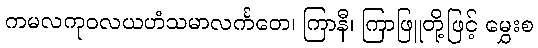
ကမလကုဝလယဟံသမာလင်္ကတေ၊ ကြာနီ၊ ကြာဖြူတို့ဖြင့် မွှေးစ